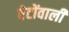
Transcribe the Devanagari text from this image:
बेटोंवाली